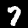
Label: 7